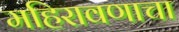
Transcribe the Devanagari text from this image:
महिरावणाचा